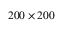
2 0 0 \times 2 0 0